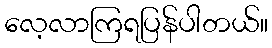
လေ့လာကြရပြန်ပါတယ်။